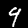
Label: 9